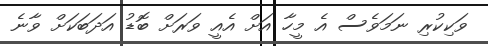
ވަކިކުރި ނަމަވެސް އެ މީހާ އަށް އެއީ ވަރަށް ބޮޑު އަދަބަކަށް ވާނެ